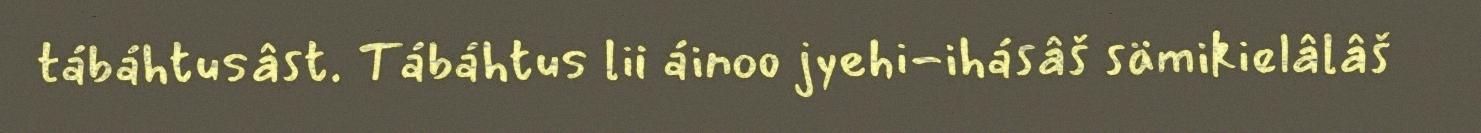
tábáhtusâst. Tábáhtus lii áinoo jyehi-ihásâš sämikielâlâš